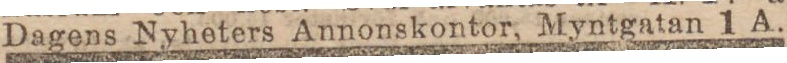
Dagens Nyheters Annonskontor, Myntgatan 1 A.